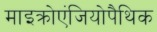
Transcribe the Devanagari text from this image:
माइक्रोएंजियोपैथिक